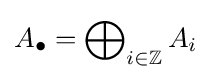
A_{\bullet }=\bigoplus \nolimits _{i\in \mathbb {Z} }A_{i}